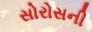
સોરોસની